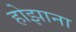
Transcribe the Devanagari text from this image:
होझाना